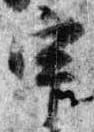
宇